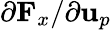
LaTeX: {\partial\mathbf{F}_{x}}/{\partial\mathbf{u}_{p}}